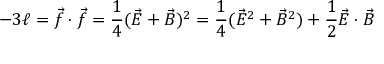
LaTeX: - 3 \ell = \vec { f } \cdot \vec { f } = \frac { 1 } { 4 } ( \vec { E } + \vec { B } ) ^ { 2 } = \frac { 1 } { 4 } ( \vec { E } ^ { 2 } + \vec { B } ^ { 2 } ) + \frac { 1 } { 2 } \vec { E } \cdot \vec { B }